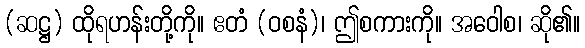
(ဆဋ္ဌ) ထိုရဟန်းတို့ကို။ ဧတံ (ဝစနံ)၊ ဤစကားကို။ အဝေါစ၊ ဆို၏။